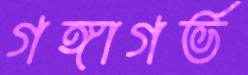
গঙ্গাগর্ভ